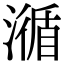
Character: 㵌